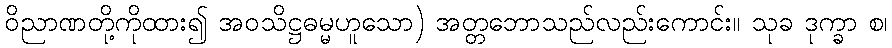
ဝိညာဏတို့ကိုထား၍ အဝသိဋ္ဌဓမ္မဟူသော) အတ္တဘောသည်လည်းကောင်း။ သုခ ဒုက္ခာ စ၊